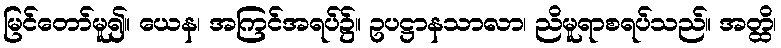
မြင်တော်မူ၍။ ယေန၊ အကြင်အရပ်၌။ ဥပဋ္ဌာနသာလာ၊ ညိမူရာစရပ်သည်။ အတ္ထိ၊